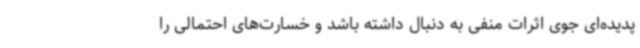
پدیده‌ای جوی اثرات منفی به دنبال داشته باشد و خسارت‌های احتمالی را